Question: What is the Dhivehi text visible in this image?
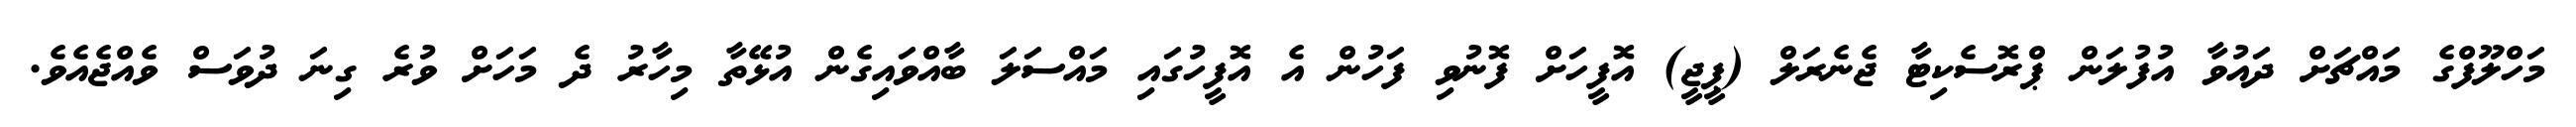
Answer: މަހްލޫފްގެ މައްޗަށް ދައުވާ އުފުލަން ޕްރޮސެކިޓާ ޖެނެރަލް (ޕީޖީ) އޮފީހަށް ފޮނުވި ފަހުން އެ އޮފީހުގައި މައްސަލަ ބާއްވައިގެން އުޅޭތާ މިހާރު ދެ މަހަށް ވުރެ ގިނަ ދުވަސް ވެއްޖެއެވެ.